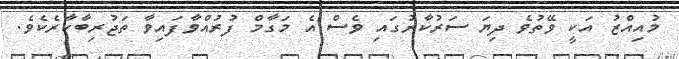
މުއިއްޒު އަކީ ވޭތުވެ ދިޔަ ސަރުކާރުގައި ވެސް އެ މަގާމް ފުރުއްވާފައިވާ ތަޖުރިބާކާރެކެވެ.